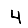
Digit: 4